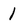
Character: 1